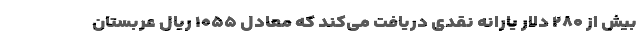
بیش از ۲۸۰ دلار یارانه نقدی دریافت می‌کند که معادل ۱۰۵۵ ریال عربستان